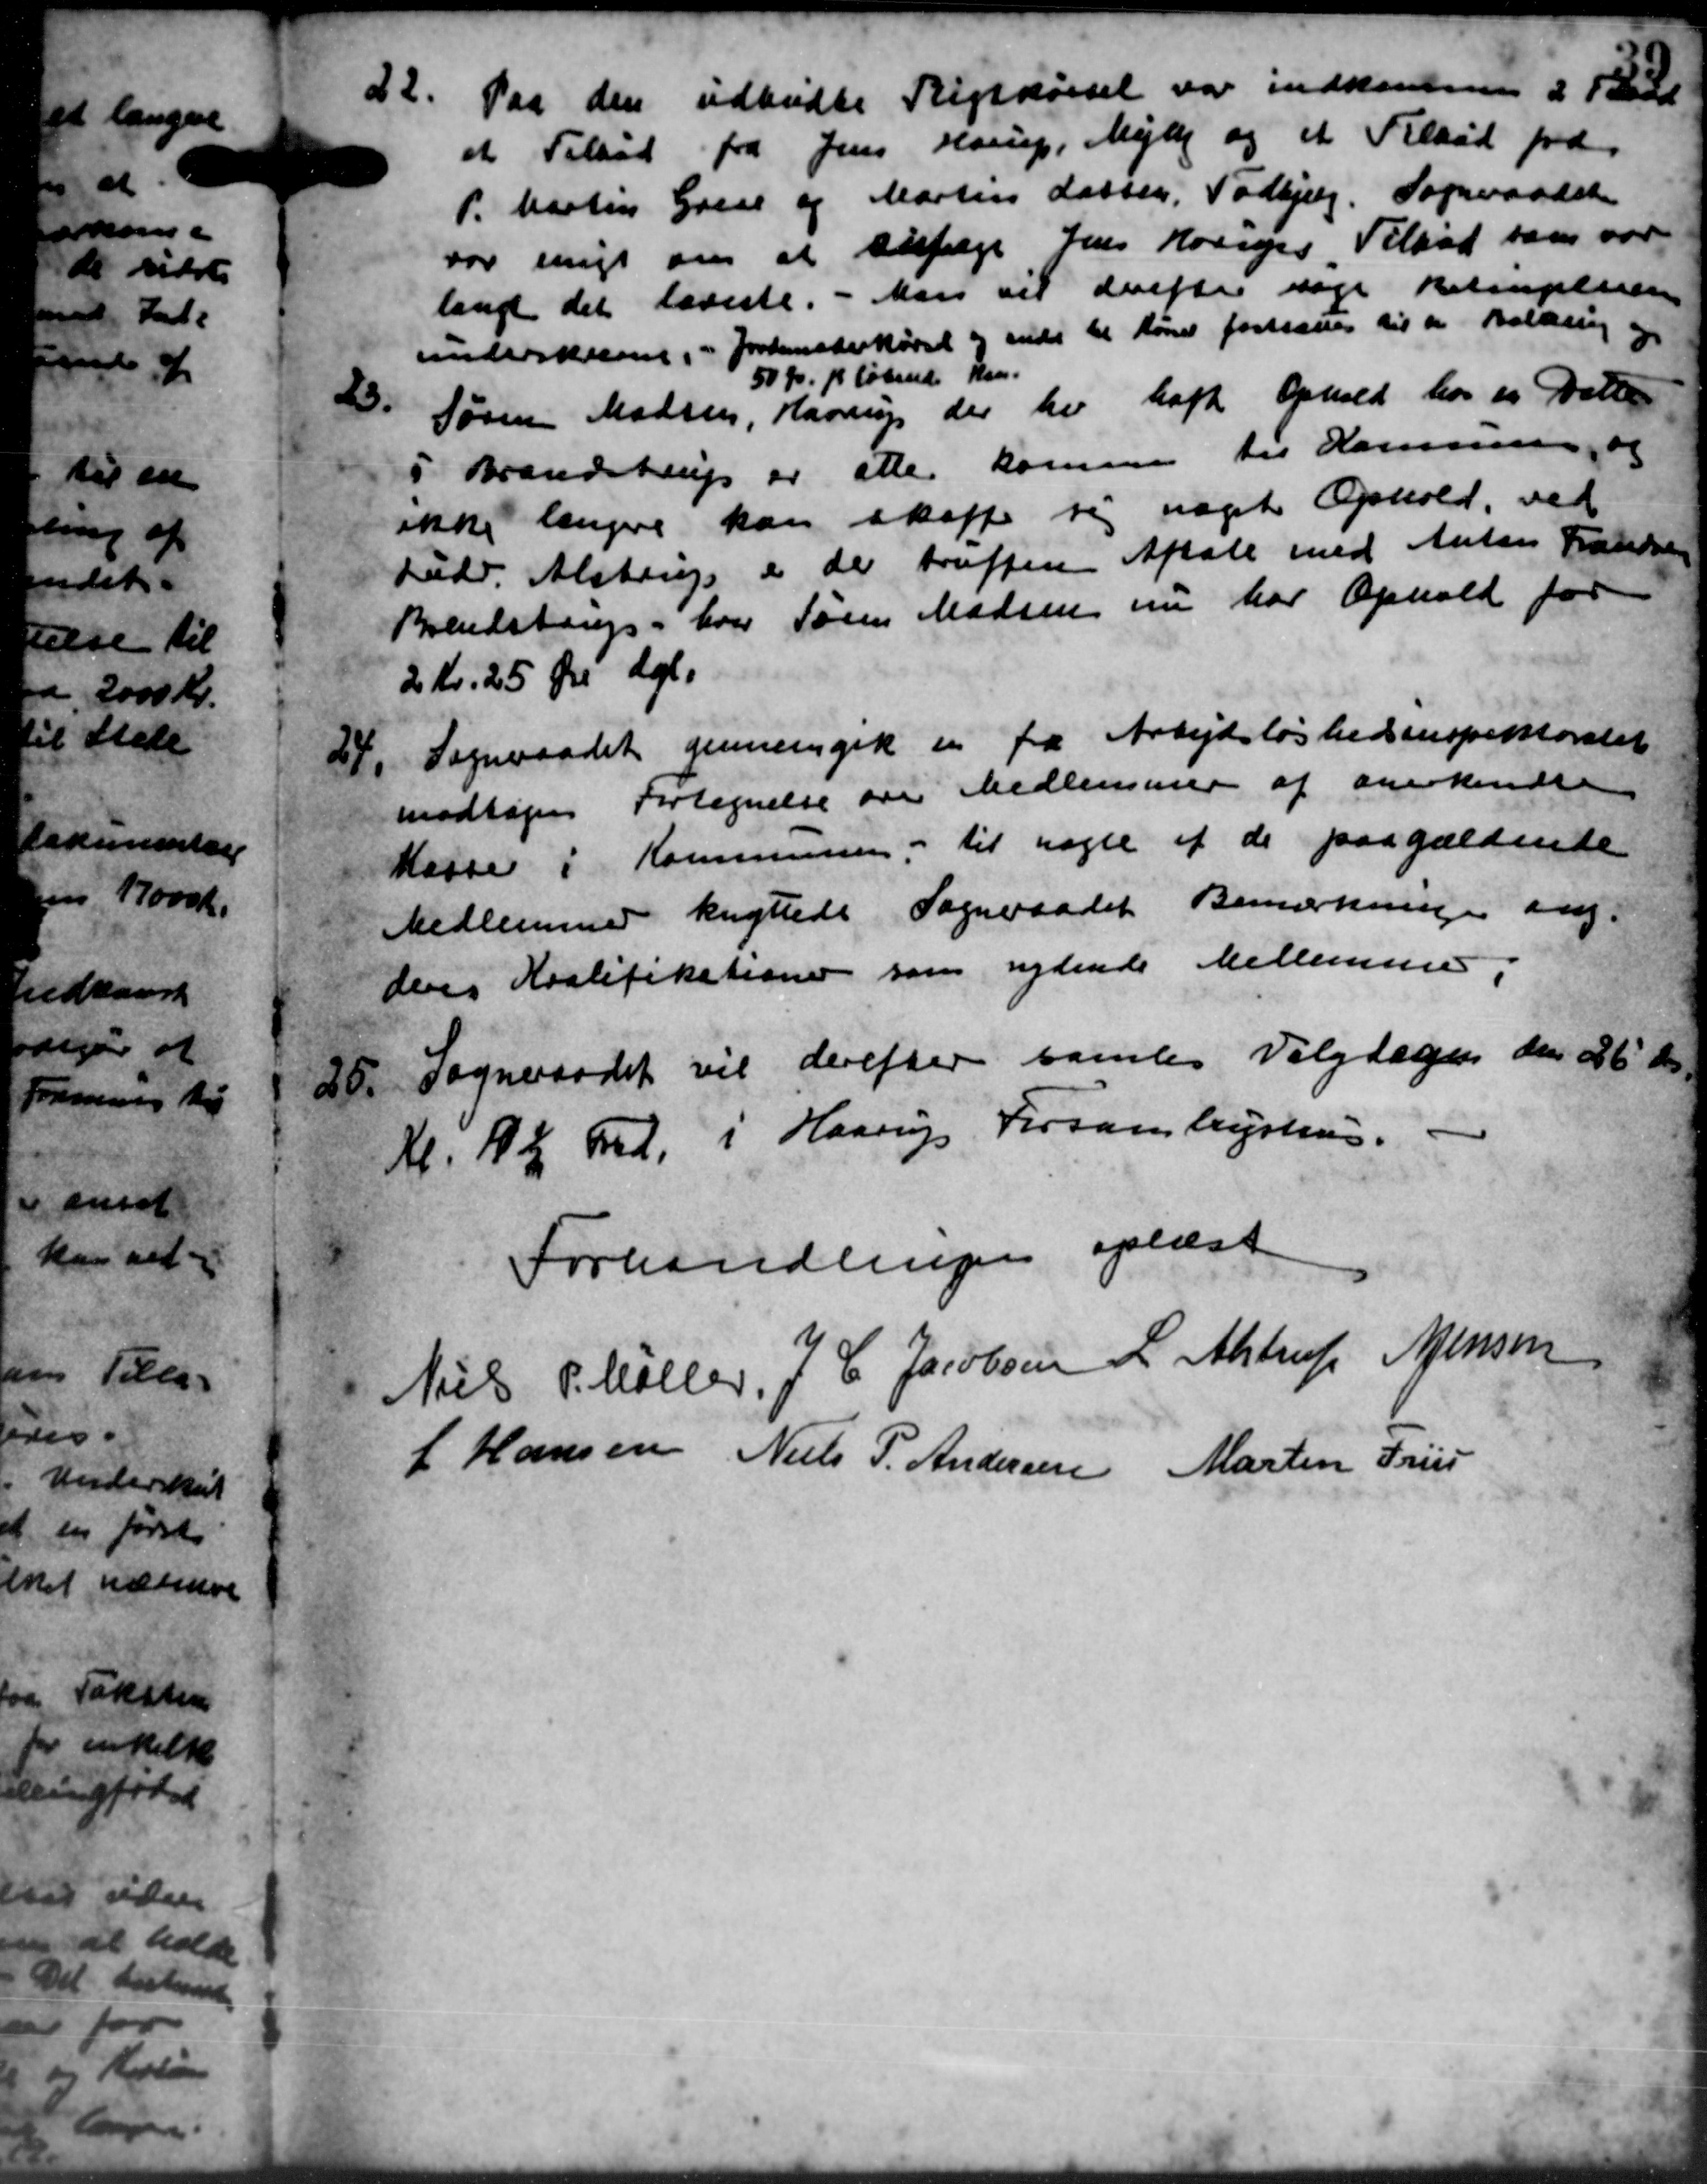
Transskription:
22. Paa den udbudte Rigskørsel var indkomme i Tid
22. Paa den udbudte Rigskørsel var indkomme i Tid
et Tilbud fra Jens Horup, Mejlby og et Tilbud fra
P. Martin Gruse og Martin Lassen, Todbjerg. Sogneraadet
vor enigt om at sufæge Jens Horup Tilbød som var
langt det laveste. - Man vil derefter søge Betingensen
underskrevet i " foransterkørsel og endt til hører fortsættes til en Balling og
50 Kr. pr løbende Kan.
23.
Søren Madsen, Haarup der her haft Ophold hos en Datte
i Brandstrup er aller komme til Kommune, og
ikke længere kan skaffe sig nægte Ophold, ved
Ludv. Alstrup er de truffen Aftale med Anton Frandsen
Brendstrup, hvor Søren Madsen nu har Ophold for
2 Kr. 25 Øre del.
24.
Sogneraadet gennemgik en fra Arbejdsløshedsinspektoratet
modtager Fortegnelse over Medlemmer af anerkendte
Kasse i Kommunen. til nogle af de paagældende
Medlemmer knyttede Sogneraadet Bemærkningen ang.
dens Kaalifikationer som nydende Mellemmer,
25.
Sogneraadet vil derefter samles Valgdagen den 26' ds.
Kl. 12 med, i Haarup Forsamlingshus.
Forhandlingen oplæst
Niels P. Møller,
J. C. Jacobsen
L. Alstrup
Jensen
J Hansen
Niels P. Andersen
Martin Friis